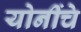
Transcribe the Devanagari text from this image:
योनींचे